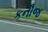
કનૌજ